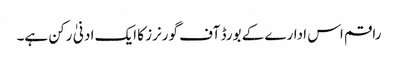
راقم اس ادارے کے بورڈ آف گورنرز کا ایک ادنیٰ رکن ہے۔